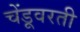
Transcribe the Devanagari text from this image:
चेंडूवरती